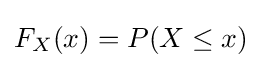
F_{X}(x)=P(X\leq x)